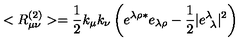
< R _ { \mu \nu } ^ { ( 2 ) } > = \frac { 1 } { 2 } k _ { \mu } k _ { \nu } \left( e ^ { \lambda \rho * } e _ { \lambda \rho } - \frac { 1 } { 2 } | e _ { \ \lambda } ^ { \lambda } | ^ { 2 } \right)